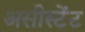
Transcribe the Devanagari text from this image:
असीस्टेंट